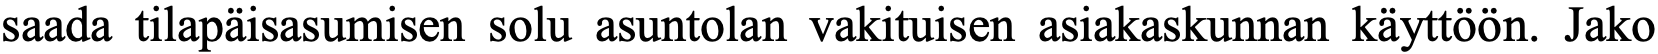
saada tilapäisasumisen solu asuntolan vakituisen asiakaskunnan käyttöön. Jako